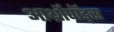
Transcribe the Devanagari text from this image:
आर्थ्रोपॉड्स